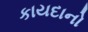
કાયદાનો